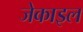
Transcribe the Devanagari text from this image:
जेकाइल